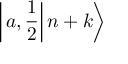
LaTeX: \left| \left. a , \frac { 1 } { 2 } \right| n + k \right\rangle